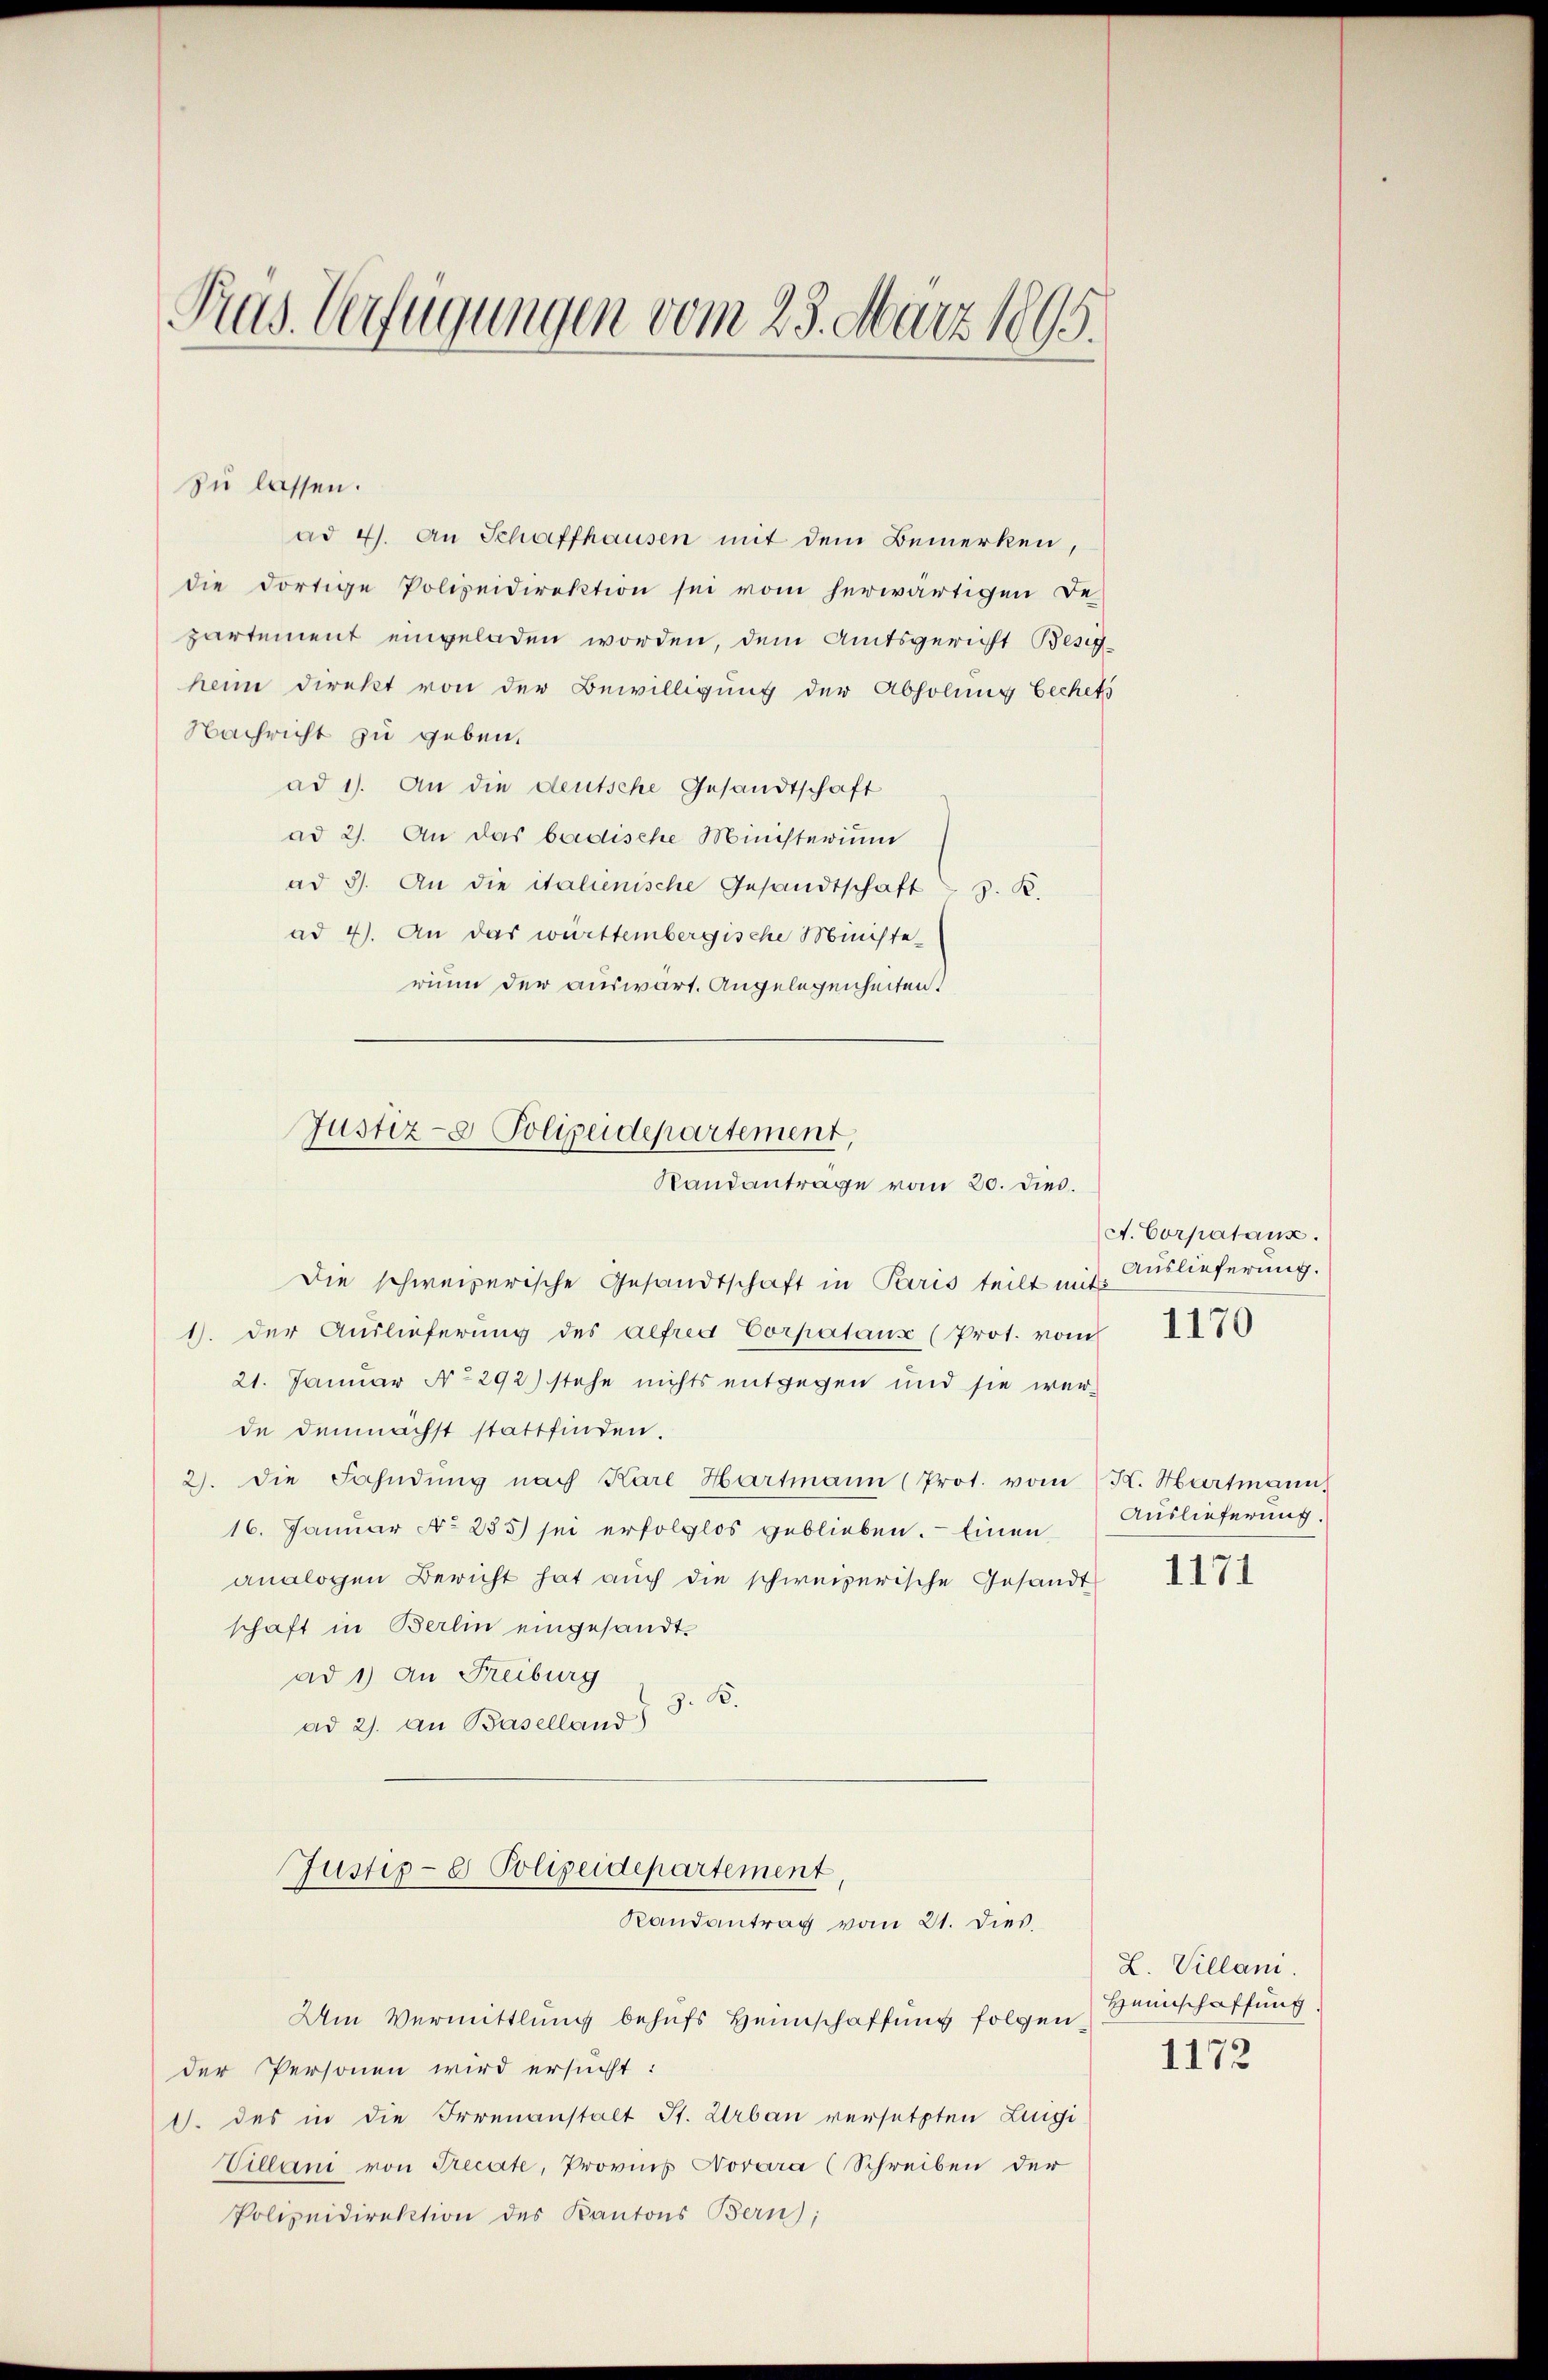
Pras. Verfügungen vom 23. März 1895.

zu lassen.
ad 4. An Schaffhausen mit dem Bemerken,
die dortige Polizeidirektion sei vom herwärtigen De
partement eingeladen worden, dem Amtsgericht Besigheim direkt von der Bewilligung der Abholung bechets
Nachricht zu geben.
ad 1. An die deutsche Gesandtschaft
ad 2. An das badische Ministerium
ad 3. An die italienische Gesandtschaft z. R.
ad 4). An das württembergische Ministe
rium der auswart. Angelegenheiten.
Die schweizerische Gesandtschaft in Paris teilt mit
1. der Auslieferung des alfred Corpataus (Prot. vom
21. Januar No 292) stehe nichts entgegen und sie werde demnächst stattfinden.
2. die Fahndŭng nach Kare Hartmann (Prot. vom K. Hartmann,
16. Januar No 235) sei erfolglos geblieben. Einen
analogen Bericht hat auch die schweizerische Gesandt 171
schaft in Berlin eingesandt.
ad 1) An Freiburg
ad 2. an Baselland z. B.
Justiz- & Polizeidepartement,
Randantrag vom 21. dies.
Um Vermittlung behufs Heimschaffung folgen Heinschaffung
der Personen wird ersucht:
d. des in die Irrenanstalt St. Urban versetzten Luigi¬
Villani von Precate, Provins Novara (Schreiben der
Polizeidirektion des Kantons Bern;

Justiz- & Polizeidepartement,
Randantrage vom 20. dies.

A. Corpatanz.
Auslieferung.
1170

Auslieferung.

L. Villani.
1172